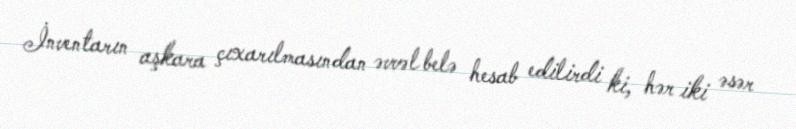
İnventarın aşkara çıxarılmasından əvvəl belə hesab edilirdi ki, hər iki əsər